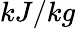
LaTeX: kJ/kg